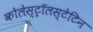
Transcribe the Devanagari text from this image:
कोलेस्ट्रॉलस्टेटिन